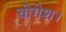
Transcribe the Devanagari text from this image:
योगेश।